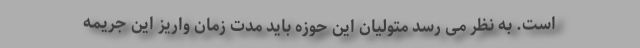
است. به نظر می رسد متولیان این حوزه باید مدت زمان واریز این جریمه